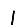
Digit: 1